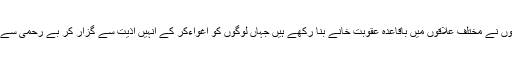
اس کا مطلب یہ ہے کہ تخریب کاروں نے مختلف علاقوں میں باقاعدہ عقوبت خانے بنا رکھے ہیں جہاں لوگوں کو اغواءکر کے انہیں اذیت سے گزار کر بے رحمی سے ہاتھ پاﺅں کاٹ کر مار دیا جاتا ہے۔